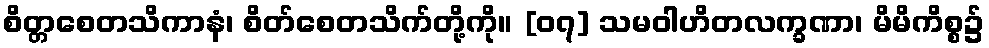
စိတ္တစေတသိကာနံ၊ စိတ်စေတသိက်တို့ကို။ [၀၇] သမဝါဟိတလက္ခဏာ၊ မိမိကိစ္စ၌